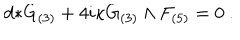
d { * } G _ { ( 3 ) } + 4 i \kappa G _ { ( 3 ) } \wedge F _ { ( 5 ) } = 0 \ .